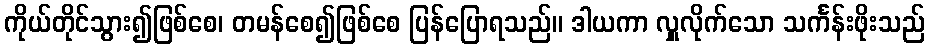
ကိုယ်တိုင်သွား၍ဖြစ်စေ၊ တမန်စေ၍ဖြစ်စေ ပြန်ပြောရသည်။ ဒါယကာ လှူလိုက်သော သင်္ကန်းဖိုးသည်